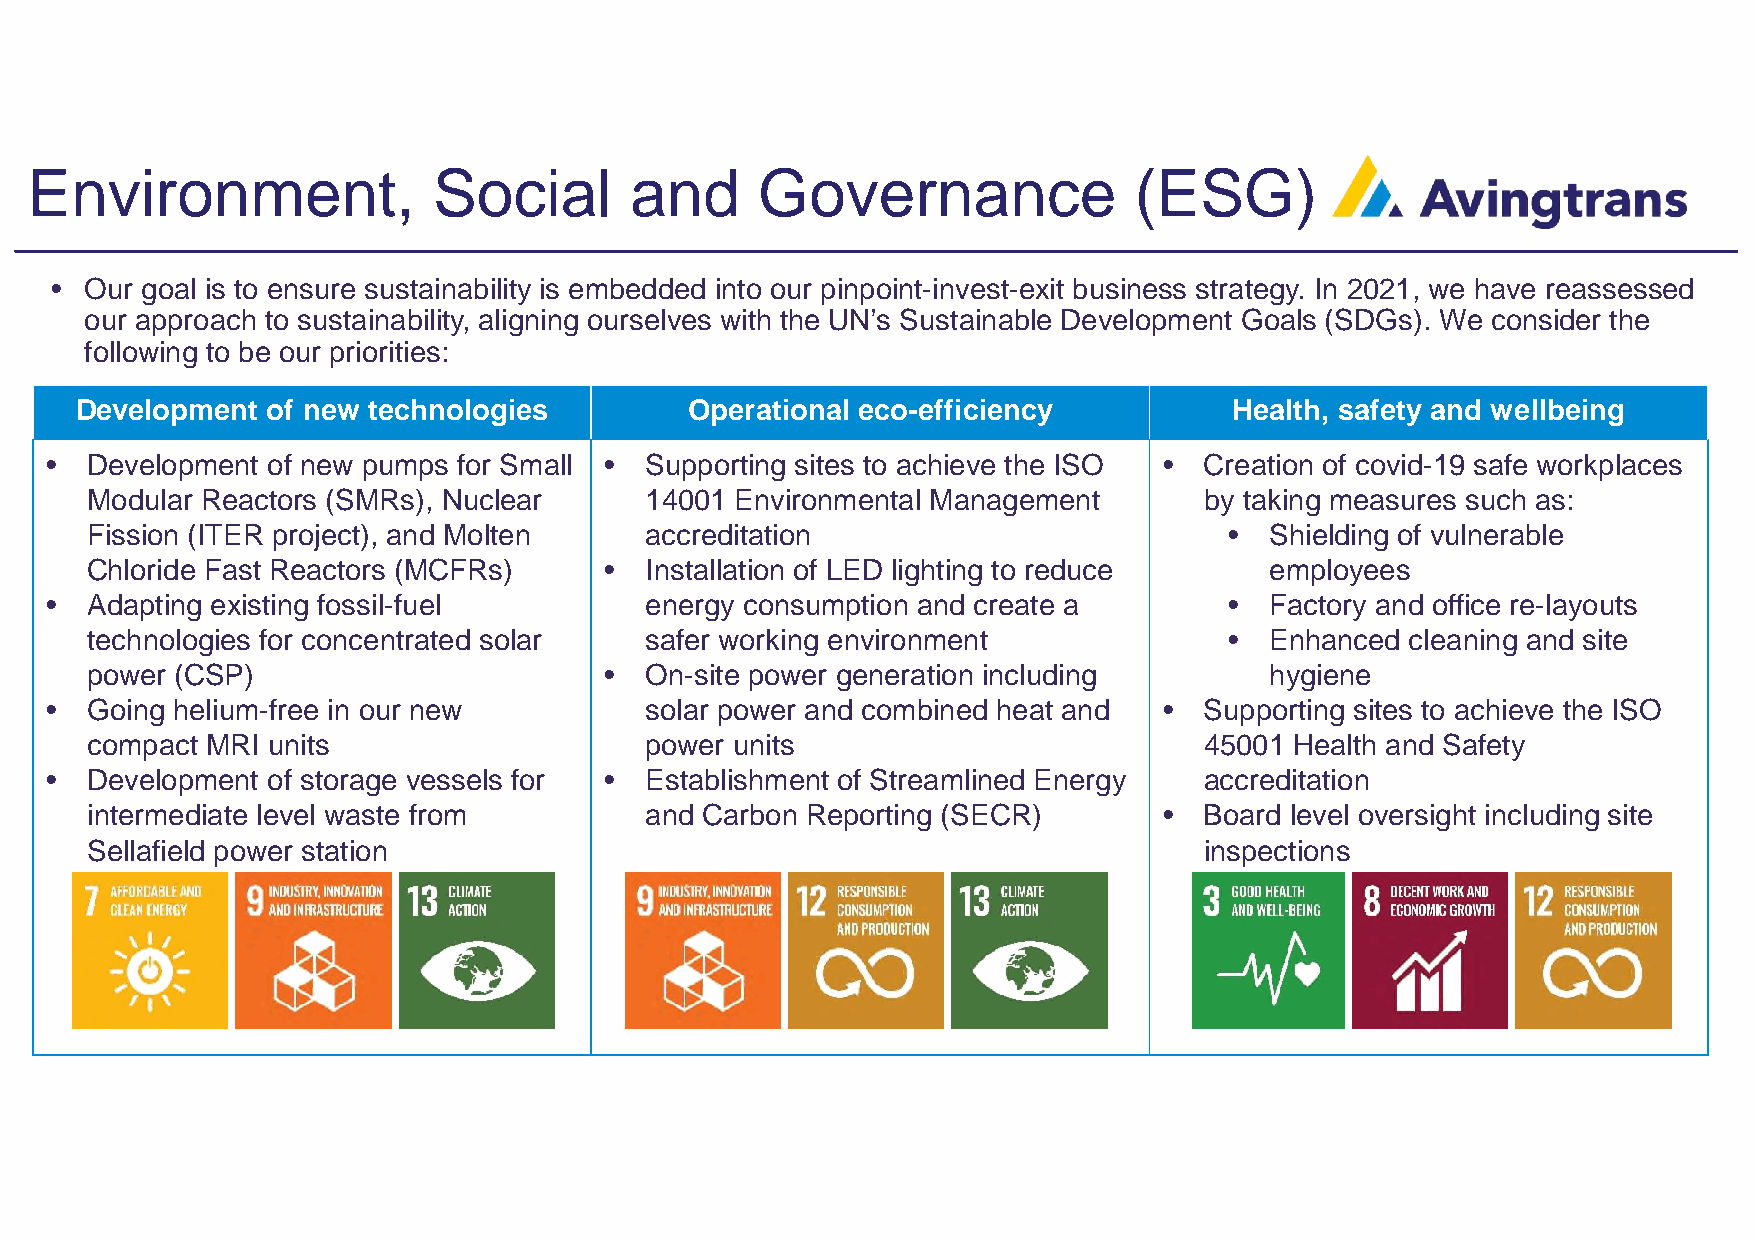
Environment,               Social       and     Governance               (ESG)
 •  Our goal is to ensure sustainability is embedded into our pinpoint-invest-exit business strategy. In 2021, we have reassessed
 our approach to sustainability, aligning ourselves with the UN’s Sustainable Development Goals (SDGs). We consider the
 following to be our priorities:
 Development  of new technologies        Operational eco-efficiency           Health, safety and wellbeing
 •  Development of new pumps for Small • Supporting sites to achieve the ISO • Creation of covid-19 safe workplaces
 Modular Reactors (SMRs), Nuclear     14001 Environmental Management       by taking measures such as:
 Fission (ITER project), and Molten   accreditation                         •  Shielding of vulnerable
 Chloride Fast Reactors (MCFRs)    •  Installation of LED lighting to reduce   employees
 •  Adapting existing fossil-fuel        energy consumption and create a       •  Factory and office re-layouts
 technologies for concentrated solar  safer working environment             •  Enhanced cleaning and site
 power (CSP)                       •  On-site power generation including       hygiene
 •  Going helium-free in our new         solar power and combined heat and •  Supporting sites to achieve the ISO
 compact MRI units                    power units                          45001 Health and Safety
 •  Development of storage vessels for • Establishment of Streamlined Energy  accreditation
 intermediate level waste from        and Carbon Reporting (SECR)       •  Board level oversight including site
 Sellafield power station                                                  inspections